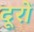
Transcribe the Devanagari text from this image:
दूरों